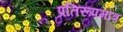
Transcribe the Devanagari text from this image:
प्रतिरूपमात्र